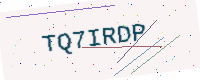
Text: TQ7IRDP